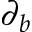
\partial _ { b }